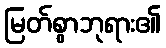
မြတ်စွာဘုရား၏